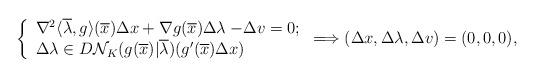
LaTeX: \begin{align*} \left\{\begin{array}{ll} \nabla^2\langle\overline{\lambda},g\rangle(\overline{x})\Delta x +\nabla g(\overline{x})\Delta\lambda-\!\Delta v=0;\\ \Delta\lambda\in D\mathcal{N}_K(g(\overline{x})|\overline{\lambda})(g'(\overline{x})\Delta x) \end{array}\right.\Longrightarrow (\Delta x,\Delta\lambda,\Delta v)=(0,0,0), \end{align*}